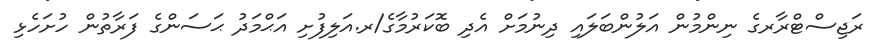
ރަޖިސްޓްރާރގެ ނިންމުން އަލުންބަލައި ދިނުމަށް އެދި ބޮކަރުމާގެ/ރ.އަލިފުށި އަޙްމަދު ޙަސަންގެ ފަރާތުން ހުށަހެޅި